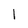
Character: l